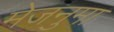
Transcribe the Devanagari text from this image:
मेजनुमा